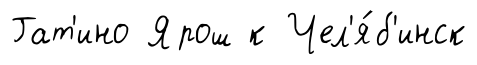
Гат'ино Ярош к Чел'я́б'инск